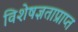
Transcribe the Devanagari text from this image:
विशेषज्ञताप्राप्त